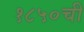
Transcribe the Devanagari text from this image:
१८५०ची